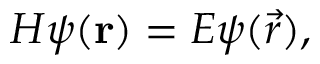
H \psi ( \mathbf { r } ) = E \psi ( \vec { r } ) ,